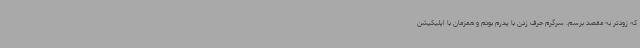
که زودتر به مقصد برسم. سرگرم حرف زدن با پدرم بودم و همزمان با اپلیکیشن